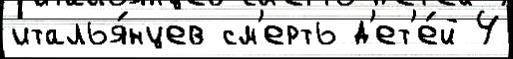
италья́нцев см'ерть д'ет'е́й 4